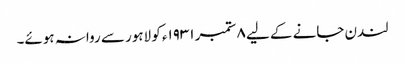
لندن جانے کے لیے ٨ ستمبر ١٩٣١ء کو لاہور سے روانہ ہوئے۔